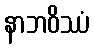
နာဘဝိဿံ